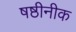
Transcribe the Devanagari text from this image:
षष्ठीनीक